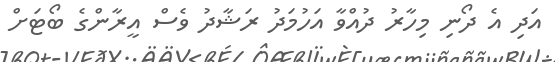
އަދި އެ ދޯނި މިހާރު ދުއްވާ އަހުމަދު ރަޝާދު ވެސް އީރާންގެ ބޯޓަށް